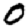
Digit: 0